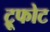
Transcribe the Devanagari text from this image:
ट्रूफोट